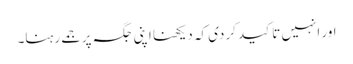
اور انہیں تاکید کردی کہ دیکھنا اپنی جگہ پر جمے رہنا۔